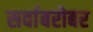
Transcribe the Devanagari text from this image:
सर्वाबरोबर